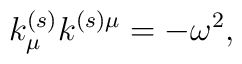
k^{(s)}_{\mu} k^{(s) \mu} = -  \omega^2,